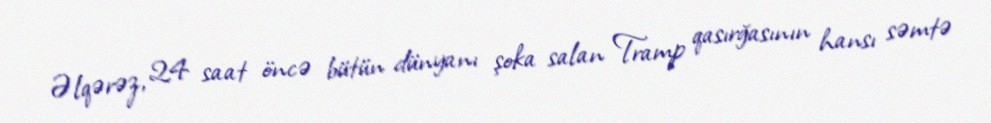
Əlqərəz, 24 saat öncə bütün dünyanı şoka salan Tramp qasırğasının hansı səmtə